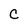
Character: C